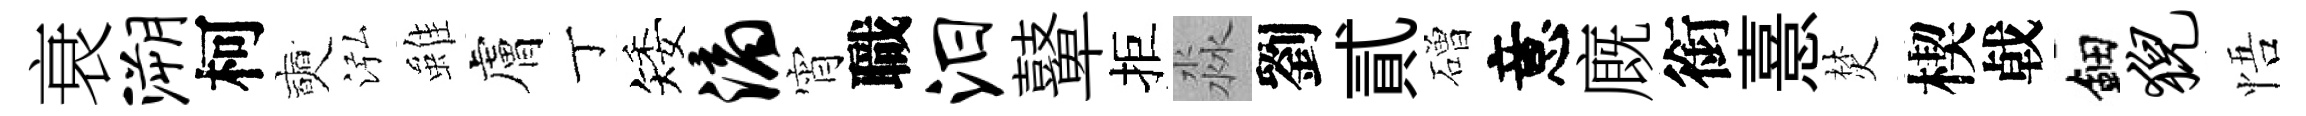
衰溯柯奭泓雖膚丁矮滴宵職汨鼙拒淼劉貳磳意廐銜憙焚楔㦸鈿猊悟